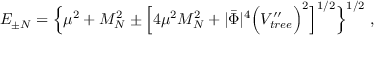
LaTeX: E _ { \pm N } = \Big \lbrace \mu ^ { 2 } + M _ { N } ^ { 2 } \pm \Big \lbrack 4 \mu ^ { 2 } M _ { N } ^ { 2 } + | \bar { \Phi } | ^ { 4 } \Big ( V _ { t r e e } ^ { \prime \prime } \Big ) ^ { 2 } \Big \rbrack ^ { 1 / 2 } \Big \rbrace ^ { 1 / 2 } \; ,